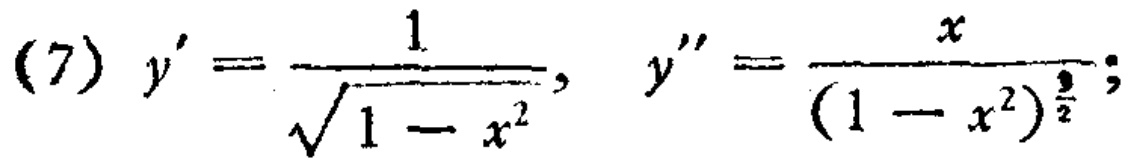
(7) \(y' = \frac{1}{\sqrt{1 - x^{2}}}, \quad y'' = \frac{x}{(1 - x^{2})^{\frac{3}{2}}}\);